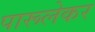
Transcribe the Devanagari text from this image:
पारूलेकर